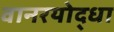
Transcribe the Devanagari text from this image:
वानरयोद्धा